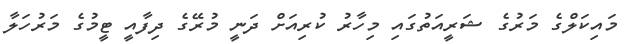
މައިކަލްގެ މަރުގެ ޝަރީއަތުގައި މިހާރު ކުރިއަށް ދަނީ މުރޭގެ ދިފާއީ ޓީމުގެ މަރުހަލާ